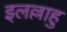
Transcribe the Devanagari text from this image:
इलल्लाहु